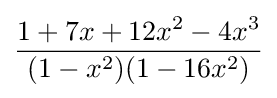
{\frac {1+7x+12x^{2}-4x^{3}}{(1-x^{2})(1-16x^{2})}}